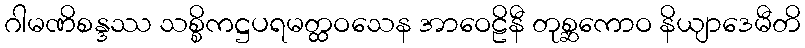
ဂါမဏိစန္ဒဿ သစ္စိကဋ္ဌပရမတ္ထဝသေန အာဝေဠိနီ တုစ္ဆကောဝ နိယျာဒေမီတိ